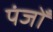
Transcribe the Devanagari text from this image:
पंजोँ